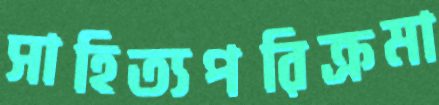
সাহিত্যপরিক্রমা